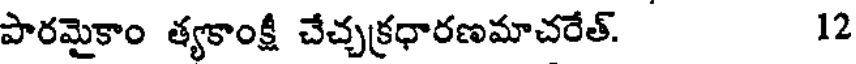
పారమైకాం త్యకాంక్షీ చేచ్చక్రధారణమాచరేత్. 12